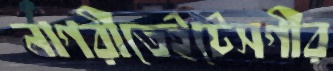
নাগরীতেইটেসগীর